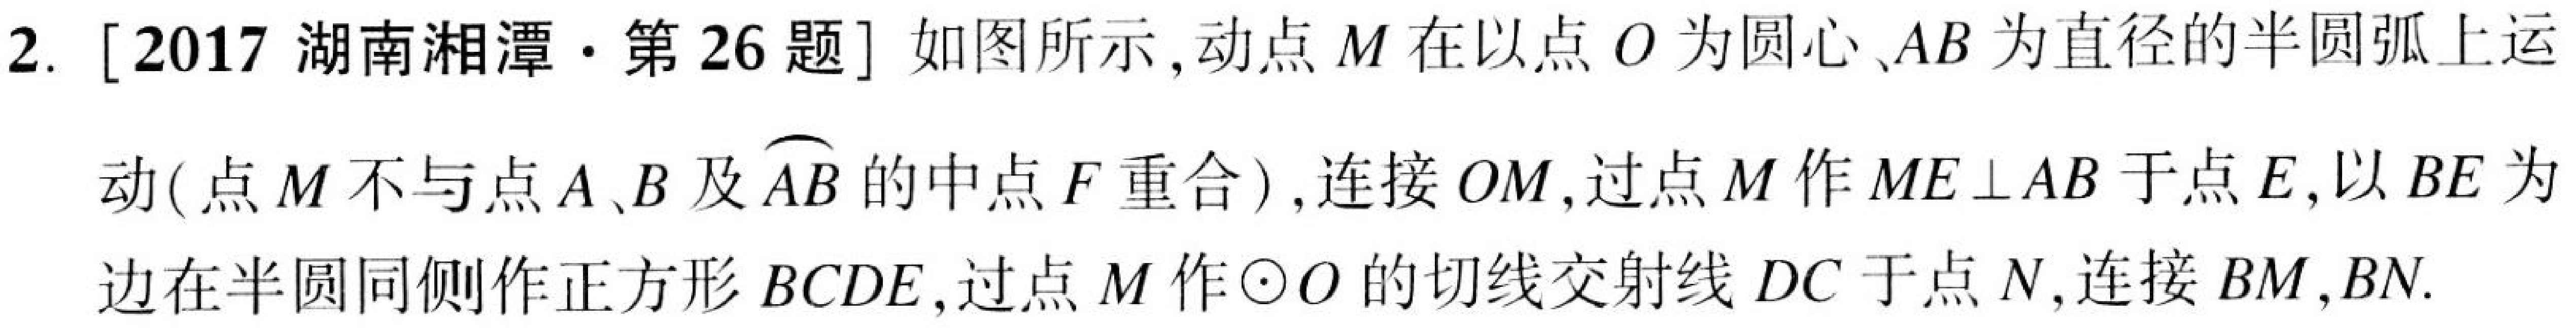
2. [2017湖南湘潭·第26题] 如图所示，动点$M$在以点$O$为圆心、$AB$为直径的半圆弧上运
动(点$M$不与点$A、B$及$\overset{\frown}{AB}$的中点$F$重合)，连接$OM$，过点$M$作$ME\perp AB$于点$E$，以$BE$为
边在半圆同侧作正方形$BCDE$，过点$M$作$\odot O$的切线交射线$DC$于点$N$,连接$BM,BN$.